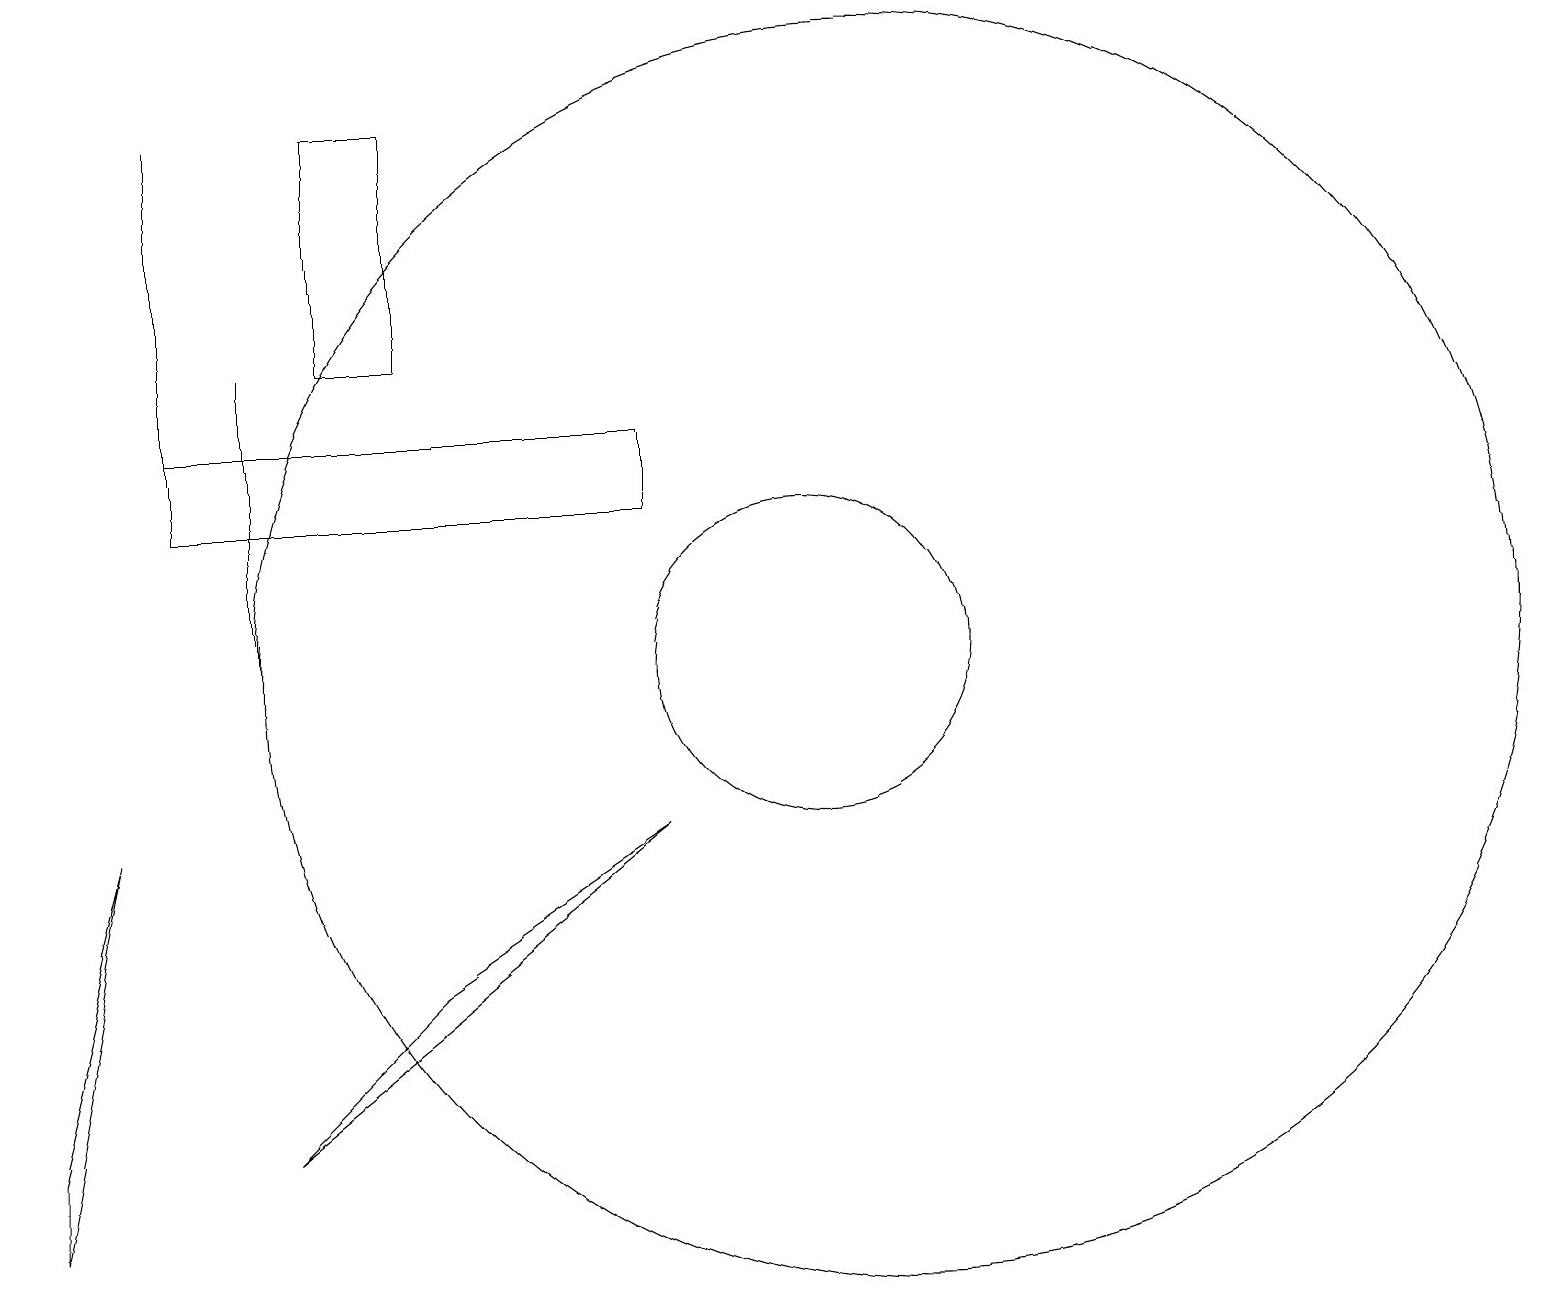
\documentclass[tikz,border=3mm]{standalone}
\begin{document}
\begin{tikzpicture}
\draw (4,15) rectangle (5,18);
\draw (8,14) rectangle (2,13);
\draw (1,9) -- (0,4) -- (0,5) -- cycle;
\draw (10,11) circle (2);
\draw (5,7) -- (8,9) -- (3,5) -- cycle;
\draw (3,15) rectangle (3,11);
\draw (11,11) circle (8);
\draw (2,18) rectangle (2,14);
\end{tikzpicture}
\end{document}